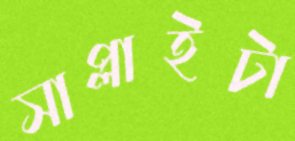
সাপ্লাইটা